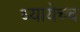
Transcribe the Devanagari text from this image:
ध्यायेच्च